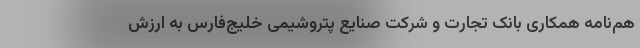
هم‌نامه همکاری بانک تجارت و شرکت صنایع پتروشیمی خلیج‌فارس به ارزش